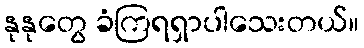
နုနုတွေ ခံကြရရှာပါသေးတယ်။